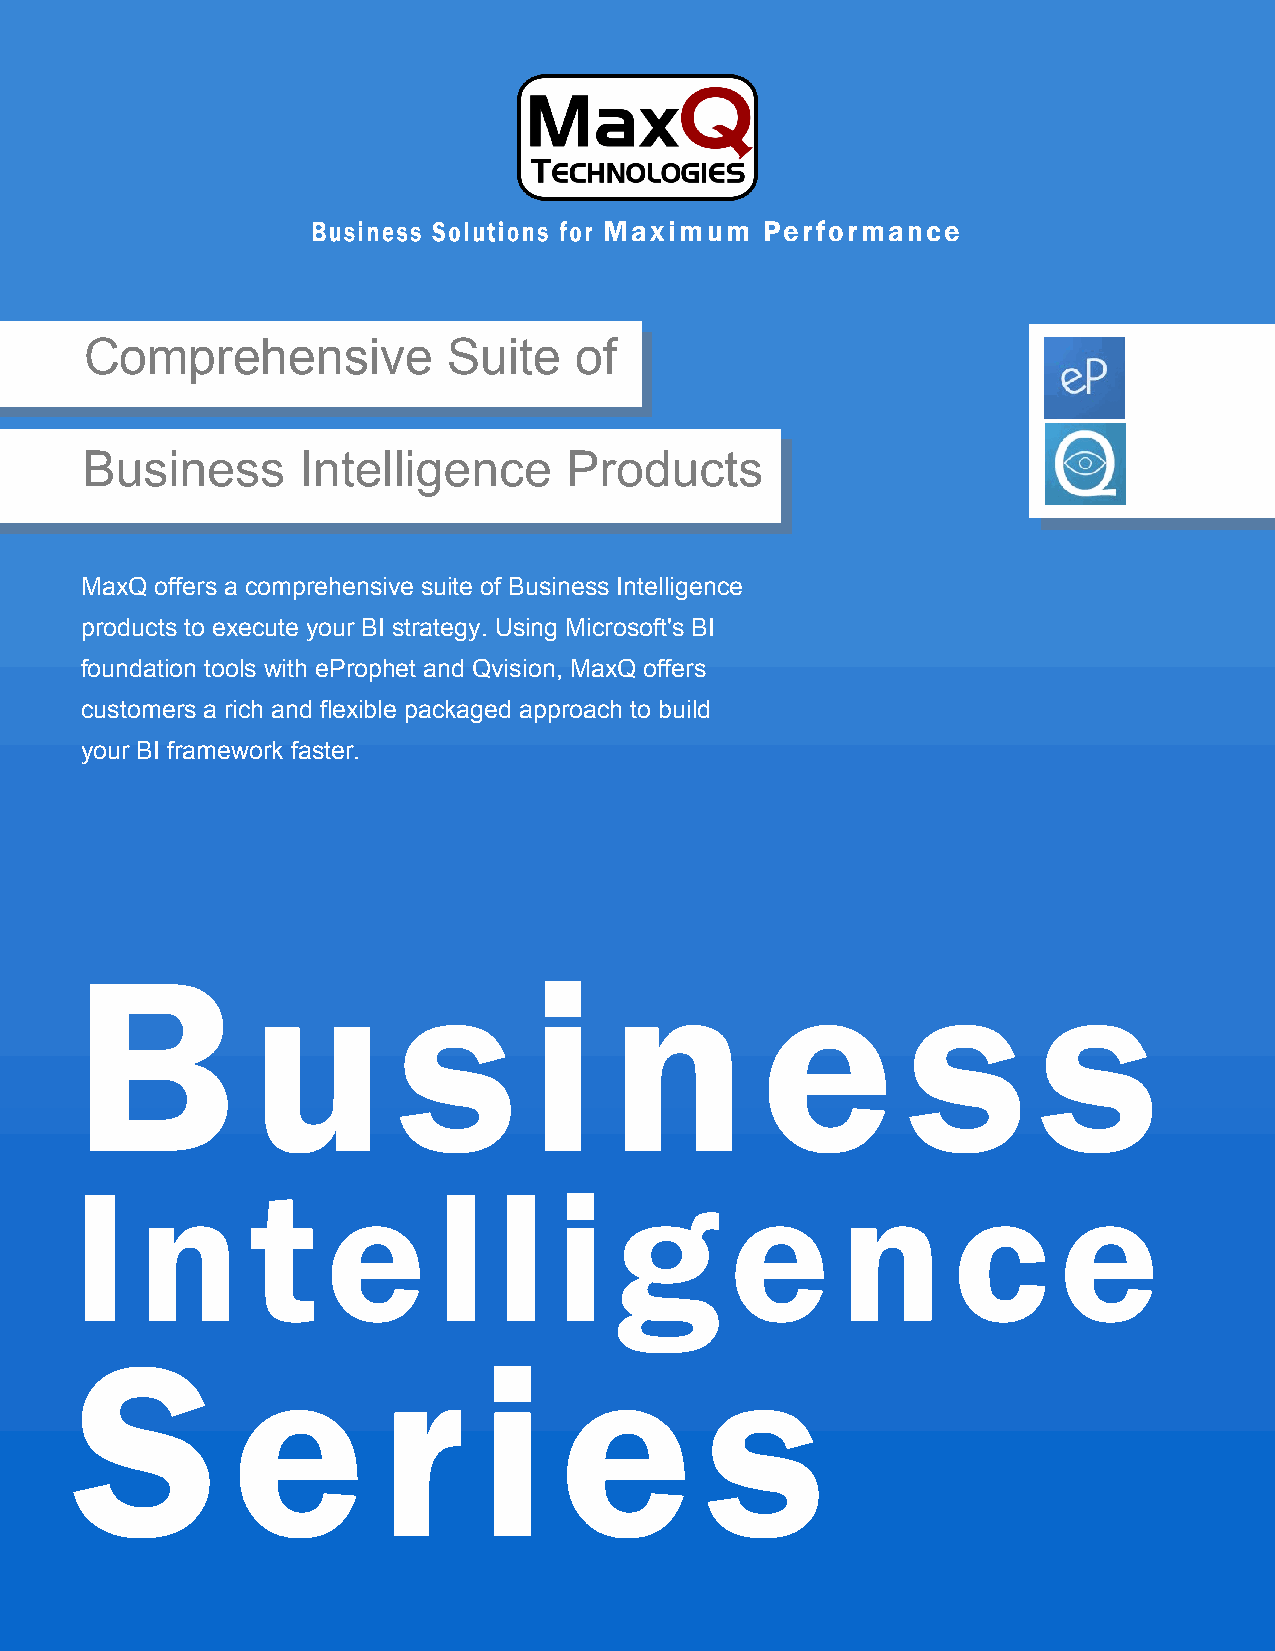
Maximum    Performance
 Comprehensive           Suite   of
 Business       Intelligence     Products
 MaxQ offers a comprehensive suite of Business Intelligence
 products to execute your BI strategy. Using Microsoft's BI
 foundation tools with eProphet and Qvision, MaxQ offers
 customers a rich and flexible packaged approach to build
 your BI framework faster.
 B           u        s        i    n         e         s        s
 I   n       t    e      l   l   i   g      e       n      c      e
 S         e         r      i    e         s